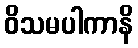
ဝိသမပါကာနိ